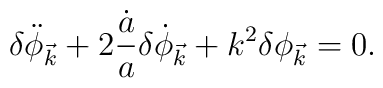
\delta\ddot{\phi}_{\vec{k}}+2\frac{\dot{a}}{a}\delta\dot{\phi}_{\vec{k}}+k^2\delta\phi_{\vec{k}}=0.